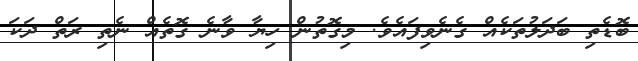
ބޮޑެތި ބަދަލުތަކެއް ގެނެވިފައެވެ. މިގޮތުން ހިޔާ ވާނެ ގޮތެއް ނެތި ރަތް ދަކަ